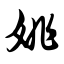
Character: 姚